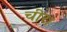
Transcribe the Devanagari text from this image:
चीर।